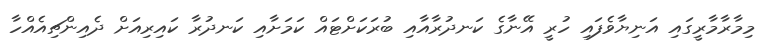
މިމާރާމާރީގައި އަނިޔާވެފައި ހުރީ އޭނާގެ ކަނދުރާއާއި ބުރަކަށްޓައް ކަމަށާއި ކަނދުރާ ކައިރިއަށް ދެއިންޗިއެއްހާ